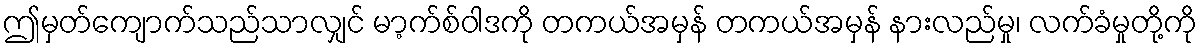
ဤမှတ်ကျောက်သည်သာလျှင် မာ့က်စ်ဝါဒကို တကယ်အမှန် တကယ်အမှန် နားလည်မှု၊ လက်ခံမှုတို့ကို